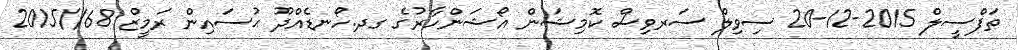
ތަފްސީލް 2015-12-20 ސިވިލް ސަރވިސް ކޮމިޝަން އޯޝަންހާރުގެ ގދ.ހޯނޑެއްދޫ ޙުސައިން ރަމީޒް 68//2015